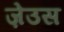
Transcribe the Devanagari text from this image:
ज़ेउस